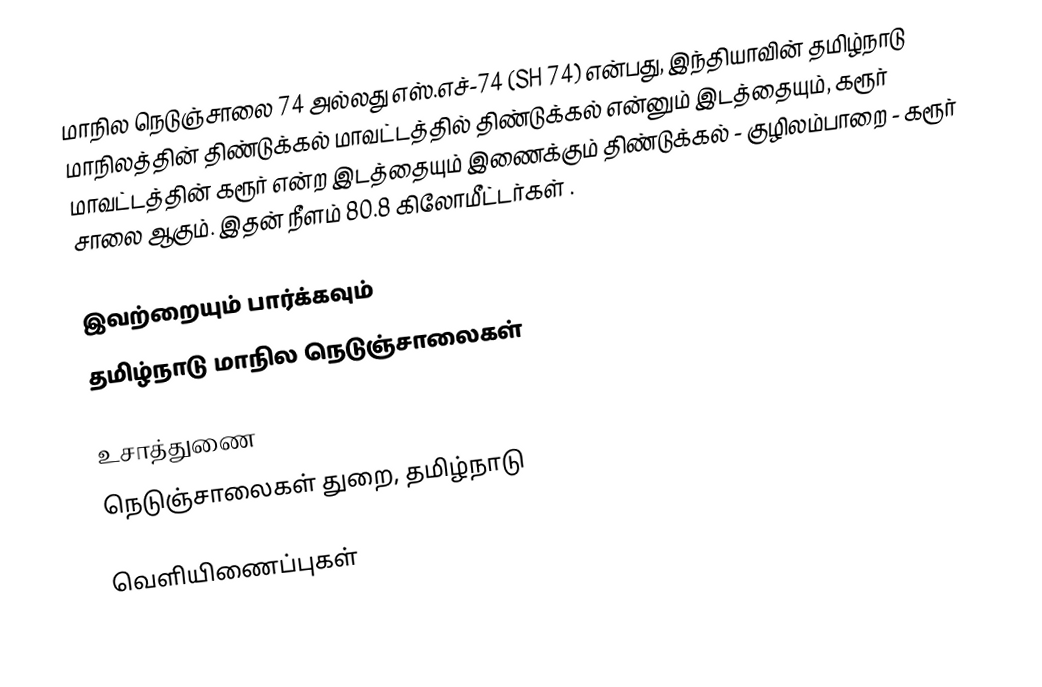
மாநில நெடுஞ்சாலை 74 அல்லது எஸ்.எச்-74 (SH 74) என்பது, இந்தியாவின் தமிழ்நாடு மாநிலத்தின் திண்டுக்கல் மாவட்டத்தில் திண்டுக்கல் என்னும் இடத்தையும், கரூர் மாவட்டத்தின் கரூர் என்ற இடத்தையும் இணைக்கும் திண்டுக்கல் - குழிலம்பாறை - கரூர் சாலை ஆகும். இதன் நீளம் 80.8  கிலோமீட்டர்கள் .

இவற்றையும் பார்க்கவும்
 தமிழ்நாடு மாநில நெடுஞ்சாலைகள்

உசாத்துணை
 நெடுஞ்சாலைகள் துறை, தமிழ்நாடு

வெளியிணைப்புகள்